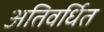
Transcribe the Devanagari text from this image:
अतिवर्धित